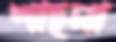
শাহলা